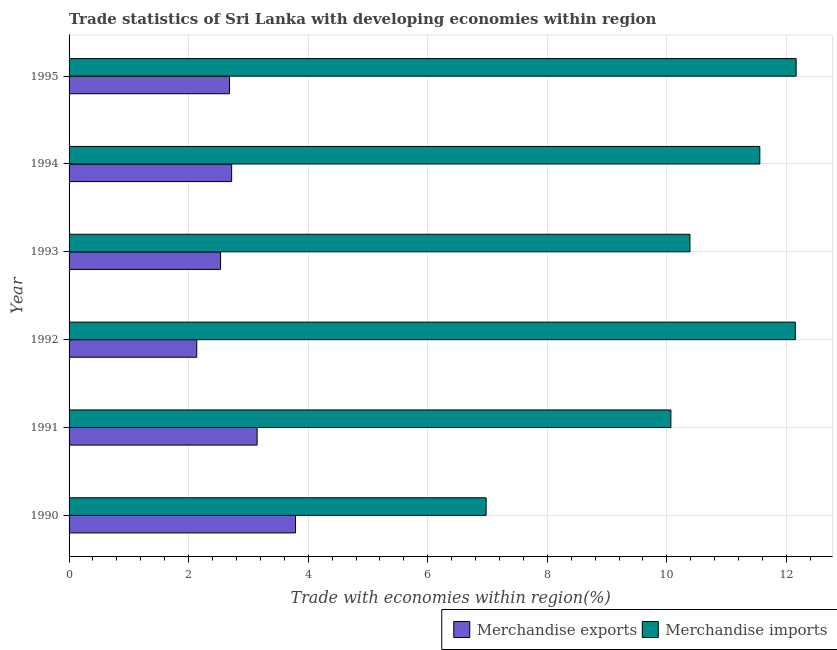
| Year | Merchandise exports | Merchandise imports |
 | --- | --- | --- |
 | 1990 | 3.79 | 6.98 |
 | 1991 | 3.15 | 10.1 |
 | 1992 | 2.14 | 12.1 |
 | 1993 | 2.53 | 10.4 |
 | 1994 | 2.72 | 11.6 |
 | 1995 | 2.68 | 12.2 |